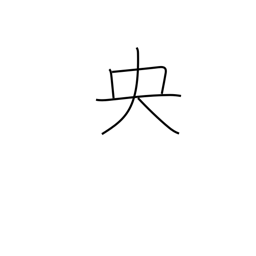
Meaning: middle